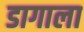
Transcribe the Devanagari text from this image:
डागाला